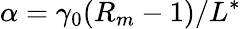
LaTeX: \alpha=\gamma_{0}(R_{m}-1)/L^{*}